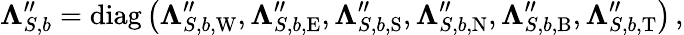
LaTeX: \mathbf\Lambda_{S,b}^{\prime\prime}=\operatorname{diag}\left(\mathbf\Lambda_{S,b,\mathrm{W}}^{\prime\prime},\mathbf\Lambda_{S,b,\mathrm{E}}^{\prime\prime},\mathbf\Lambda_{S,b,\mathrm{S}}^{\prime\prime},\mathbf\Lambda_{S,b,\mathrm{N}}^{\prime\prime},\mathbf\Lambda_{S,b,\mathrm{B}}^{\prime\prime},\mathbf\Lambda_{S,b,\mathrm{T}}^{\prime\prime}\right)\, ,